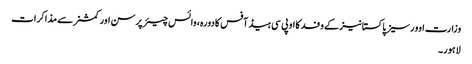
وزارت اوورسیزپاکستانیز کے وفد کااو پی سی ہیڈ آفس کادورہ، وائس چیئرپرسن اور کمشنر سے مذاکرات
لاہور۔